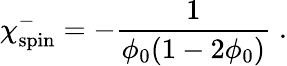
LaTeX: \chi_{\mathrm{spin}}^{-}=-\frac{1}{\phi_{0}(1-2\phi_{0})}\; .